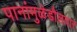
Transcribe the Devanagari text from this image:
पानांमुळेडौलदार